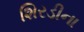
શિરડીના